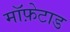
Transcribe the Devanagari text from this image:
मॉफ़ेटाड